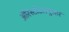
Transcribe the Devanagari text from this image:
ॲरिस्टॉटलनुसार